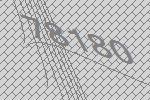
78180